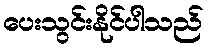
ပေးသွင်းနိုင်ပါသည်